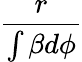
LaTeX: \frac{r}{\int\beta d\phi}